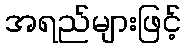
အရည်များဖြင့်